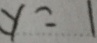
y = 1